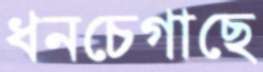
ধনচেগাছে